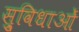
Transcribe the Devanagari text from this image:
सु्विधाओं